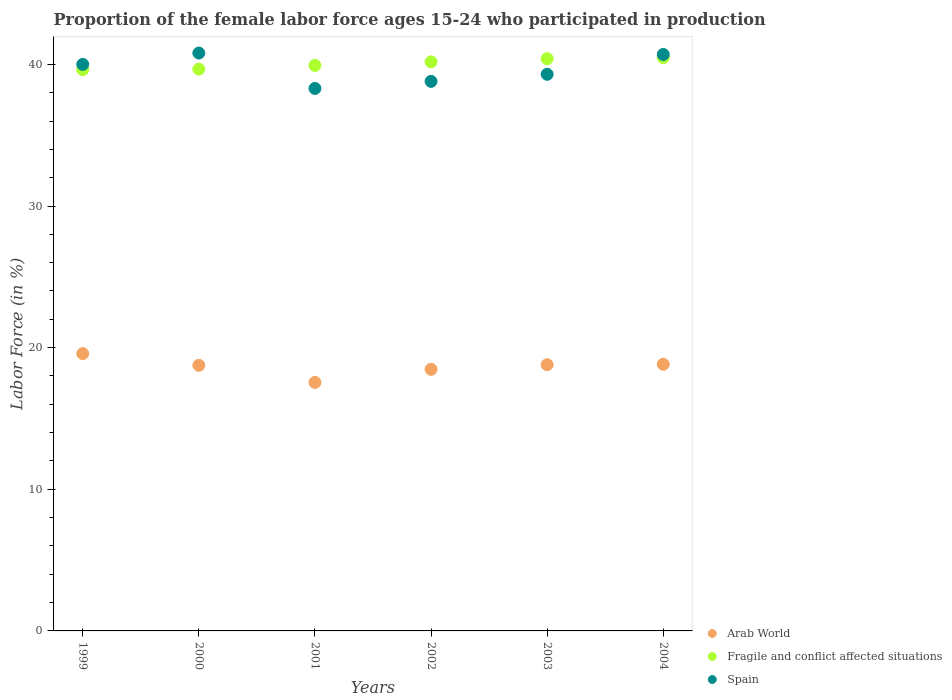
| Years | Arab World | Fragile and conflict affected situations | Spain |
 | --- | --- | --- | --- |
 | 1999 | 19.6 | 39.6 | 40 |
 | 2000 | 18.8 | 39.7 | 40.8 |
 | 2001 | 17.5 | 39.9 | 38.3 |
 | 2002 | 18.5 | 40.2 | 38.8 |
 | 2003 | 18.8 | 40.4 | 39.3 |
 | 2004 | 18.8 | 40.5 | 40.7 |